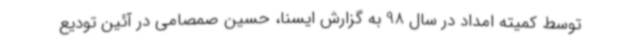
توسط کمیته امداد در سال 98 به گزارش ایسنا، حسین صمصامی در آئین تودیع